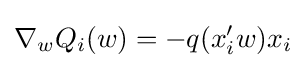
\nabla _{w}Q_{i}(w)=-q(x_{i}'w)x_{i}